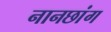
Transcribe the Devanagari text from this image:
नानछांग